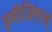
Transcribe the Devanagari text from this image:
इमीजिएत्स्